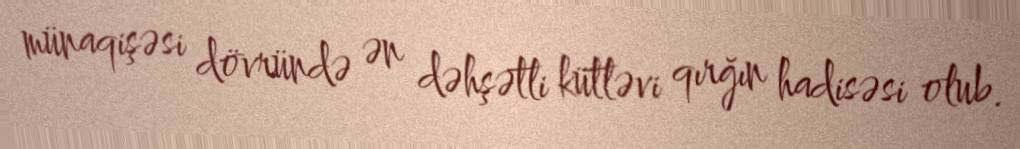
münaqişəsi dövründə ən dəhşətli kütləvi qırğın hadisəsi olub.